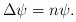
LaTeX: \begin{align*}\Delta\psi=n\psi.\end{align*}